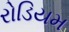
રોડિયમ